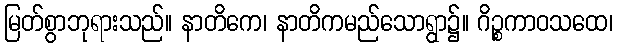
မြတ်စွာဘုရားသည်။ နာတိကေ၊ နာတိကမည်သောရွာ၌။ ဂိဉ္စကာဝသထေ၊